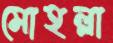
মোহল্লা